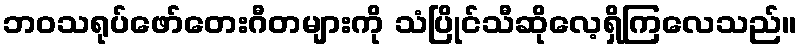
ဘဝသရုပ်ဖော်တေးဂီတများကို သံပြိုင်သီဆိုလေ့ရှိကြလေသည်။